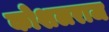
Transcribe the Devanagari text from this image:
कोशलराज